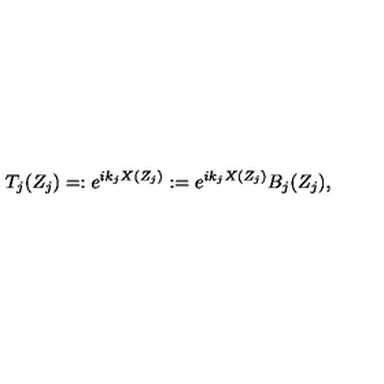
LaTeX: T _ { j } ( Z _ { j } ) = : e ^ { i k _ { j } X ( Z _ { j } ) } : = e ^ { i k _ { j } X ( Z _ { j } ) } B _ { j } ( Z _ { j } ) ,